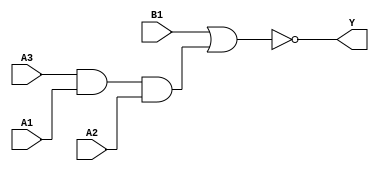
module sky130_fd_sc_ls__a31oi (
    Y ,
    A1,
    A2,
    A3,
    B1
);

    // Module ports
    output Y ;
    input  A1;
    input  A2;
    input  A3;
    input  B1;

    // Local signals
    wire and0_out  ;
    wire nor0_out_Y;

    //  Name  Output      Other arguments
    and and0 (and0_out  , A3, A1, A2     );
    nor nor0 (nor0_out_Y, B1, and0_out   );
    buf buf0 (Y         , nor0_out_Y     );

endmodule